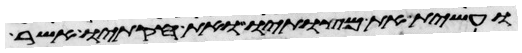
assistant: ועשית את מצותיו ואת חקתיו אשר